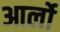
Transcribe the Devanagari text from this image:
आर्लो